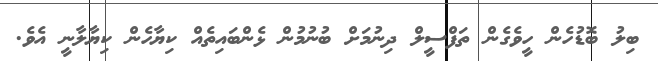
ބިލު ބޮޑުހެން ހީވެގެން ތަފްސީލް ދިނުމަށް ބުނުމުން ޅެންބައިތެއް ކިޔާހެން ކިޔާލާނީ އެވެ.